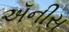
ઍનીસ